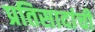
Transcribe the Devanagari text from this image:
प्रतिसादांची